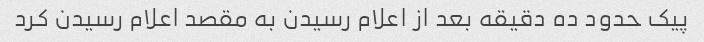
پیک حدود ده دقیقه بعد از اعلام رسیدن به مقصد اعلام رسیدن کرد